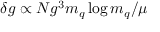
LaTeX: \delta g \propto N g ^ { 3 } m _ { q } \log m _ { q } / \mu